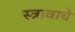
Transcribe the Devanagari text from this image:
स्त्रावाचे